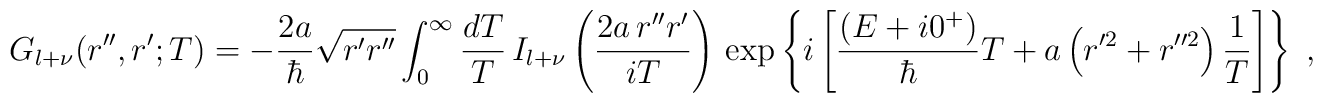
G_{l+\nu}(r'',r';T)=-\frac{2a}{\hbar}\sqrt{r' r''}\int_{0}^{\infty}\frac{dT}{T}\,I_{l+\nu} \left( \frac{2 a \, r'' r'}{iT} \right)\,\exp \left\{ i\left[\frac{(E+ i 0^{+} )}{\hbar} T+a \left( r'^{2}+r''^{2} \right)\frac{1}{T}\right]\right\}\;  ,